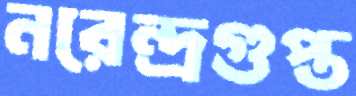
নরেন্দ্রগুপ্ত